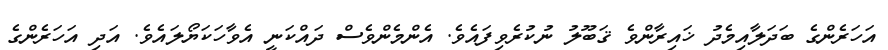
އަހަރެންގެ ބަދަލާއިމެދު ޚައިރާންވެ ޤަބޫލު ނުކުރެވިފައެވެ. އެންމެންވެސް ދައްކަނީ އެވާހަކަޔޯލައެވެ. އަދި އަހަރެންގެ